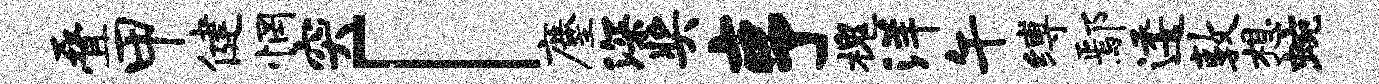
叠甲健惘突「麈深奖亨槐洋午缚鄢逶敦想蜿